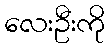
လေးဦးကို